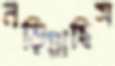
নড়িয়াছিস